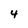
Character: 4